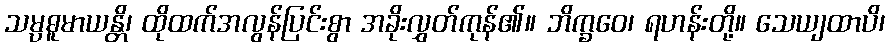
သမ္ပဓူမာယန္တိ၊ ထိုထက်အလွန်ပြင်းစွာ အခိုးလွှတ်ကုန်၏။ ဘိက္ခဝေ၊ ရဟန်းတို့။ သေယျထာပိ၊